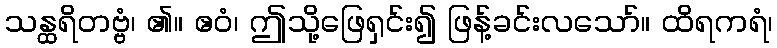
သန္ထရိတဗ္ဗံ၊ ၏။ ဧဝံ၊ ဤသို့ဖြေရှင်း၍ ဖြန့်ခင်းလသော်။ ထိရကရံ၊